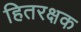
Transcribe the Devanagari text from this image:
हितरक्षक